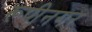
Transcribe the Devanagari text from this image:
रूपीनगर